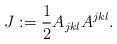
\begin{align*}J:=\frac{1}{2}A_{jkl}A^{jkl}. \end{align*}